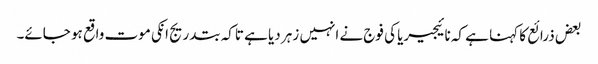
بعض ذرائع کا کہنا ہے کہ نائیجیریا کی فوج نے انہیں زہر دیا ہے تاکہ بتدریج انکی موت واقع ہو جائے۔